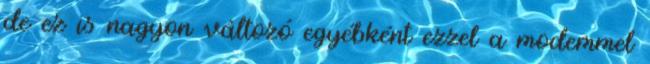
de ez is nagyon változó egyébként ezzel a modemmel